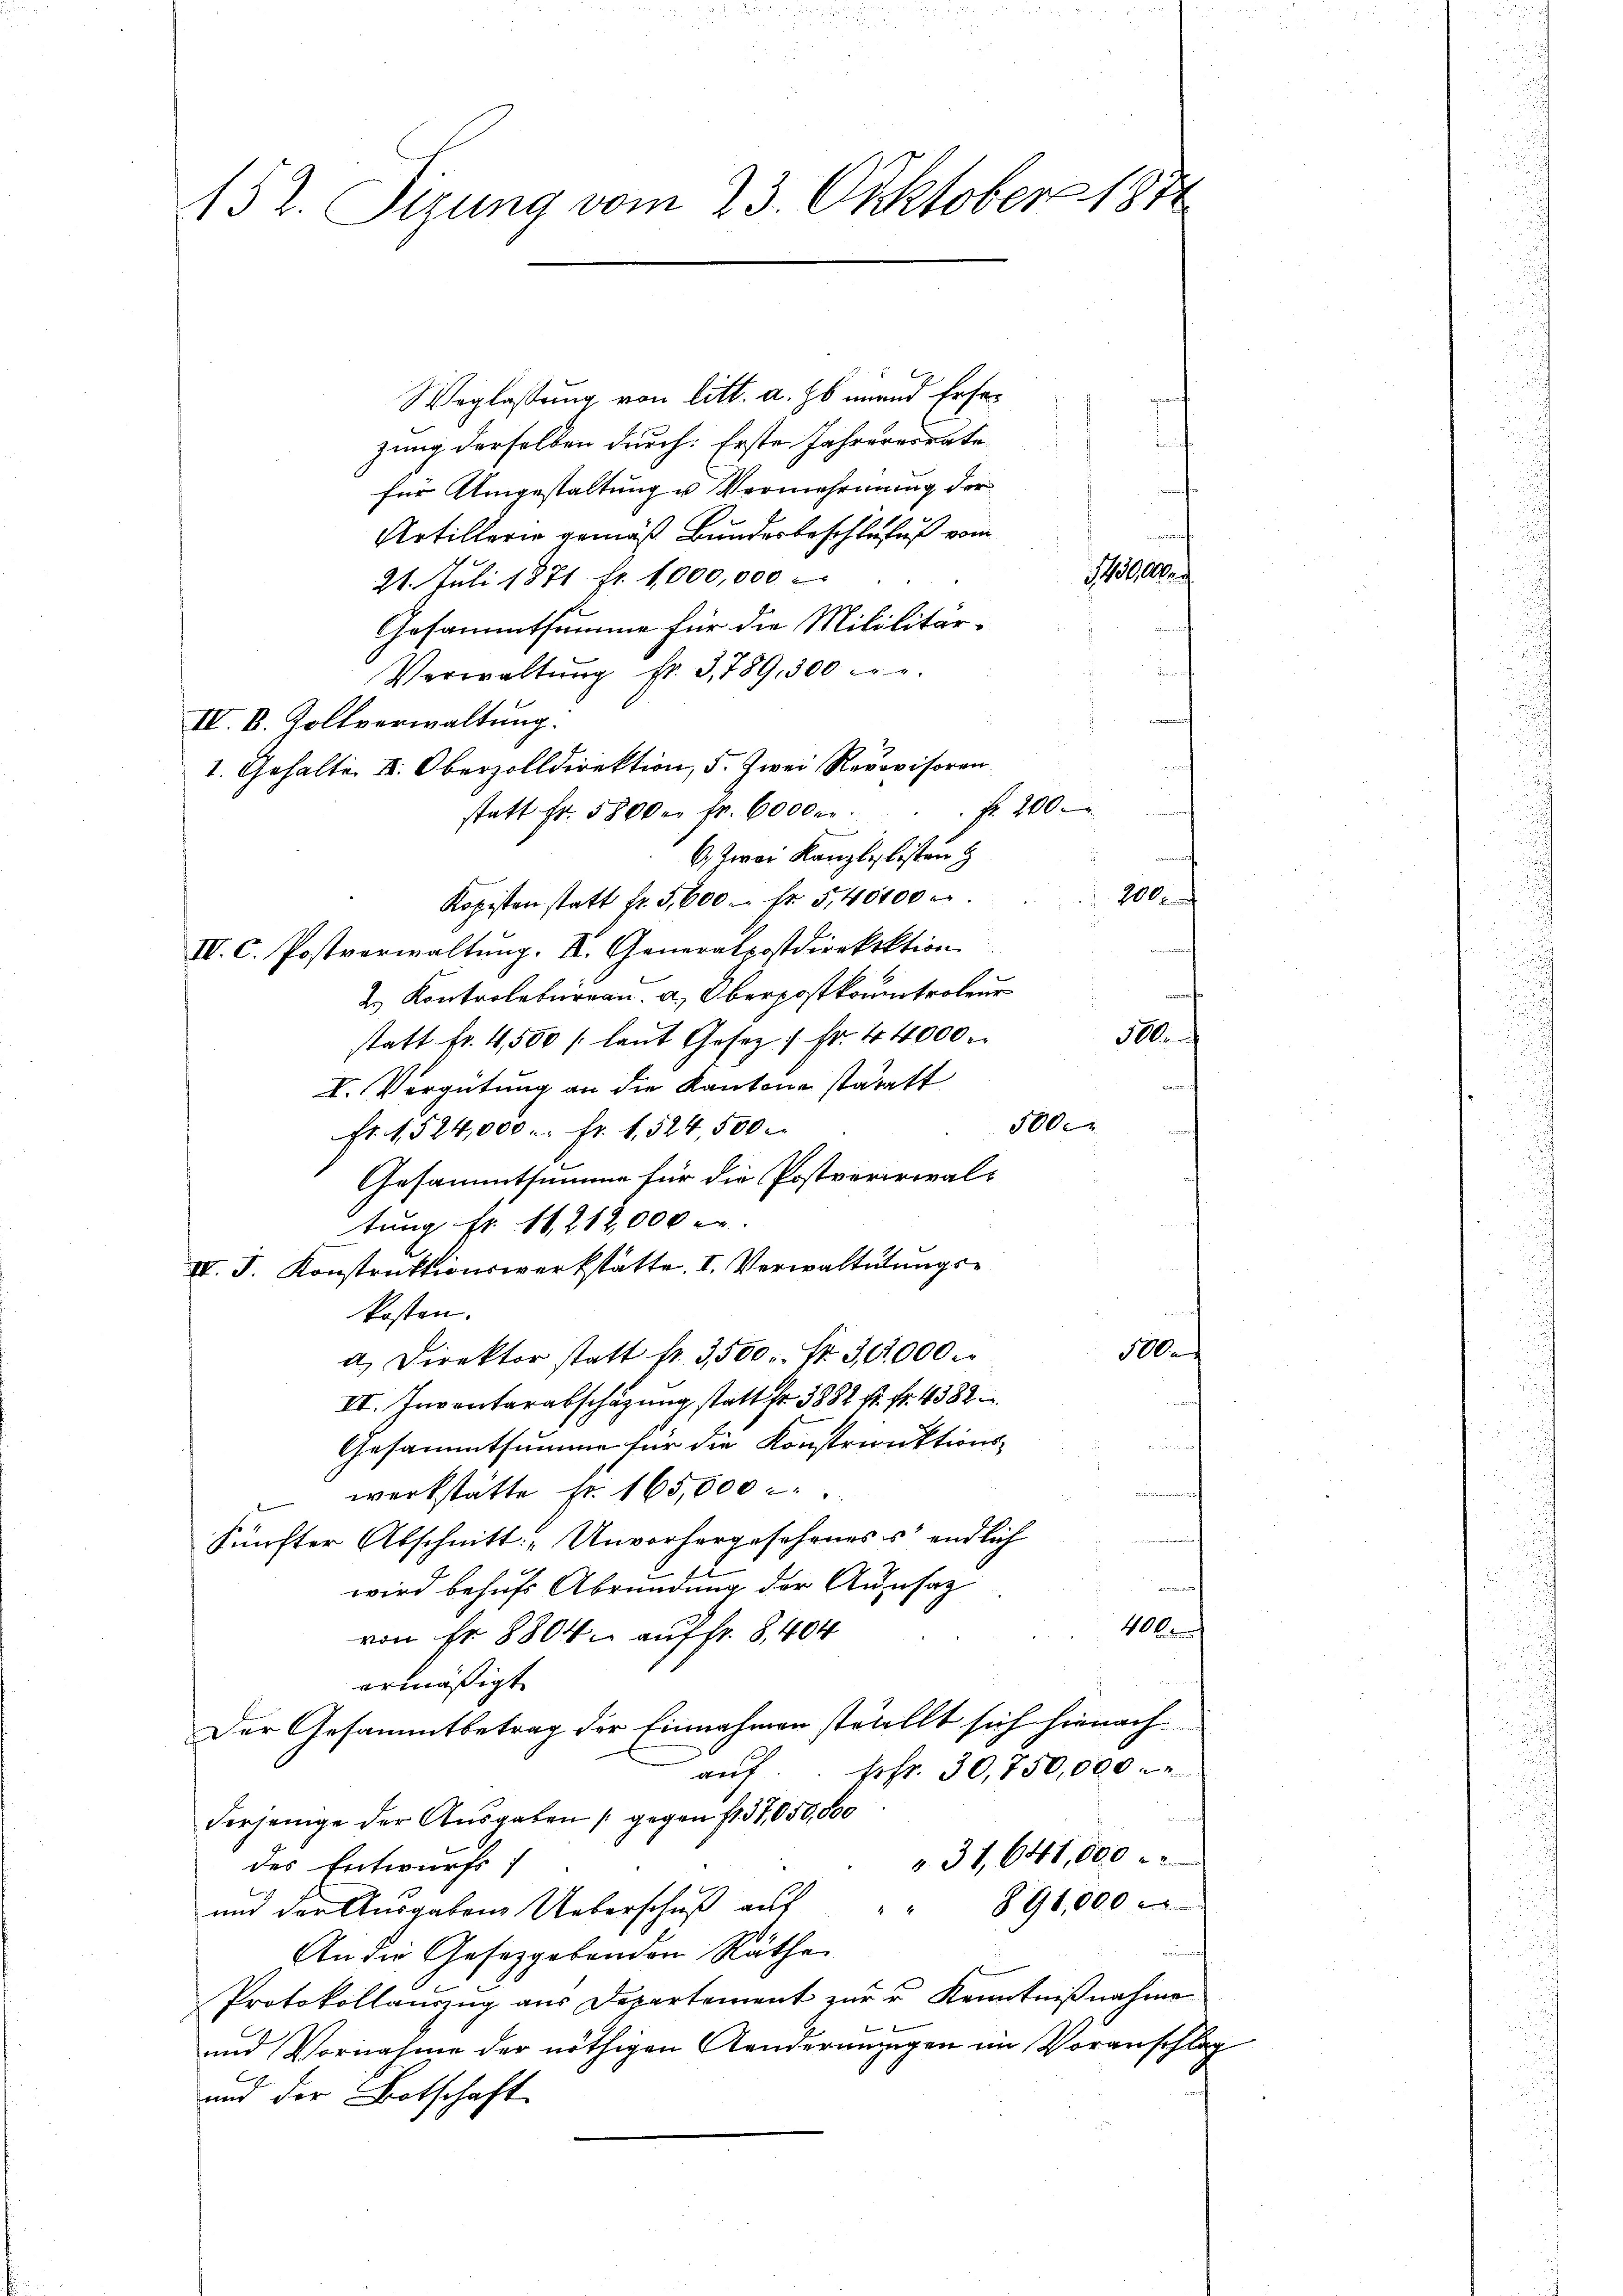
152. Sizung vom 23. Oktober 1871

Weglassung von litt. a. Es unend Erhezung derselben durch: Erste Jahrereirate
für Umgestaltung u Vermehrung der
Artillerie gemäß Bundesbeschlufuß vom
111
21. Juli 1871 fr. 1,000,000
Gesammtsumme für die Mililitär-
Verwaltŭng fr. 3, 789,300 c.
IV. B. Zollverwaltung.
1. Gehalte k. Oberzolldirektion, 5. Zwei Rerovisoren
f 140
statt Fr. 5800 en fr. 6000.
6. Zwei Kanzley listen H
100
Kopisten statt fr. 3,600 fr 5,40400 c.
IV. C. Postverwaltung. I. Generalpostdirekektion
2. Kontrolbureau. a. Oberpostkontroleur
statt fr. 4,500 (laut Gesez 1 Fr. 44000.
I. Vergütung an die Kantone stataft
500.
fr. 1524,000 Fr. 1524,500
Gesammtsumme für die Postverrial-
tung fr. 11212,000 er
IV. J. Konstruktionswerkstätte. I. Verwaltetungs¬
u
kosten.
Ales
a. Direktor statt fr. 3500 Fr. 3,6000 M.
VI. Inventarabschazung statt fr. 3882 k. fr. 4382
Gesammtsumme für die Konstrunktions-
werkstatte fr. 165,000 c.
Fünfter Abschnitt: „Unvorhergeseheness endlich
wird behufs Abründung der Aussag
400
von fr. 8804. auf fr. 8,404
ermäßigt
Der Gesammtbetrag der Einnahmen stetellt sich hienach
aŭf.. fr. 30,750,000.
derjenige der Ausgaben (gegen st. 37,050,000
" 31, 641,000
des Entwurfs
und der Ausgaben Ueberschŭβ aŭf " " 896,000
An die Gesetzgebenden Räthe
Protokollauszug aus Departement zur u Kenntnißnahme
und Vornahme der nöthigen Aendermangen im Voranschlag
und der Botschaft

i

u

500.